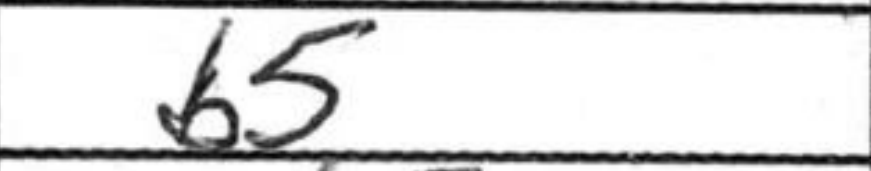
Transcription: b5